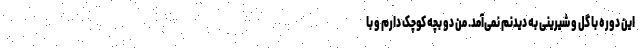
این دوره با گل و شیرینی به دیدنم نمی‌آمد. من دو بچه کوچک دارم و با